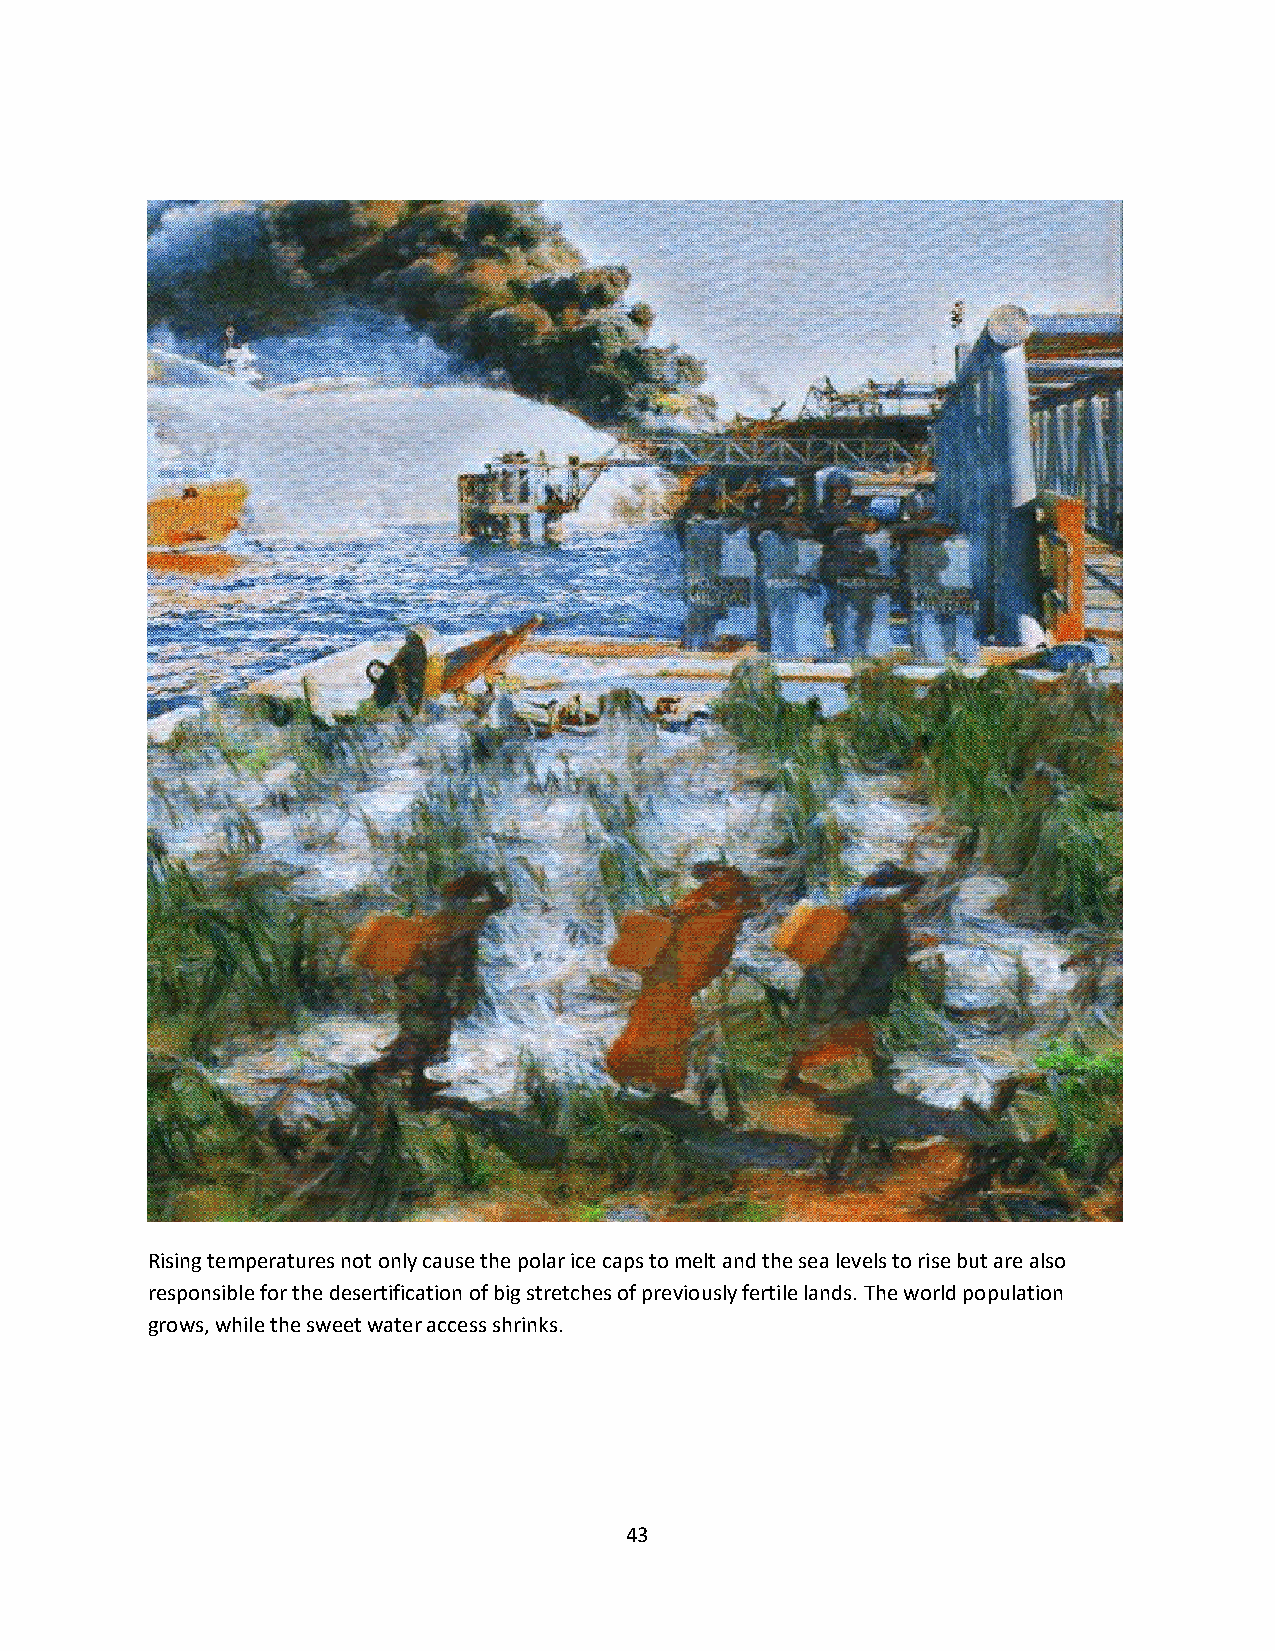
Rising temperatures not only cause the polar ice caps to melt and the sea levels to rise but are also
 responsible for the desertification of big stretches of previously fertile lands. The world population
 grows, while the sweet water access shrinks.
 43